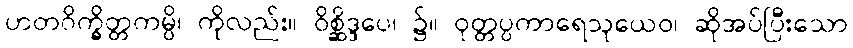
ဟတဝိက္ခိတ္တကမ္ပိ၊ ကိုလည်း။ ဝိစ္ဆိဒ္ဒပေ၊ ၌။ ဝုတ္တပ္ပကာရေသုယေဝ၊ ဆိုအပ်ပြီးသော